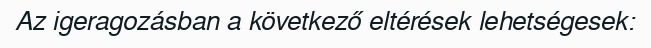
Az igeragozásban a következő eltérések lehetségesek: